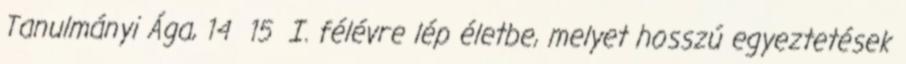
Tanulmányi Ága, 14 15 I. félévre lép életbe, melyet hosszú egyeztetések